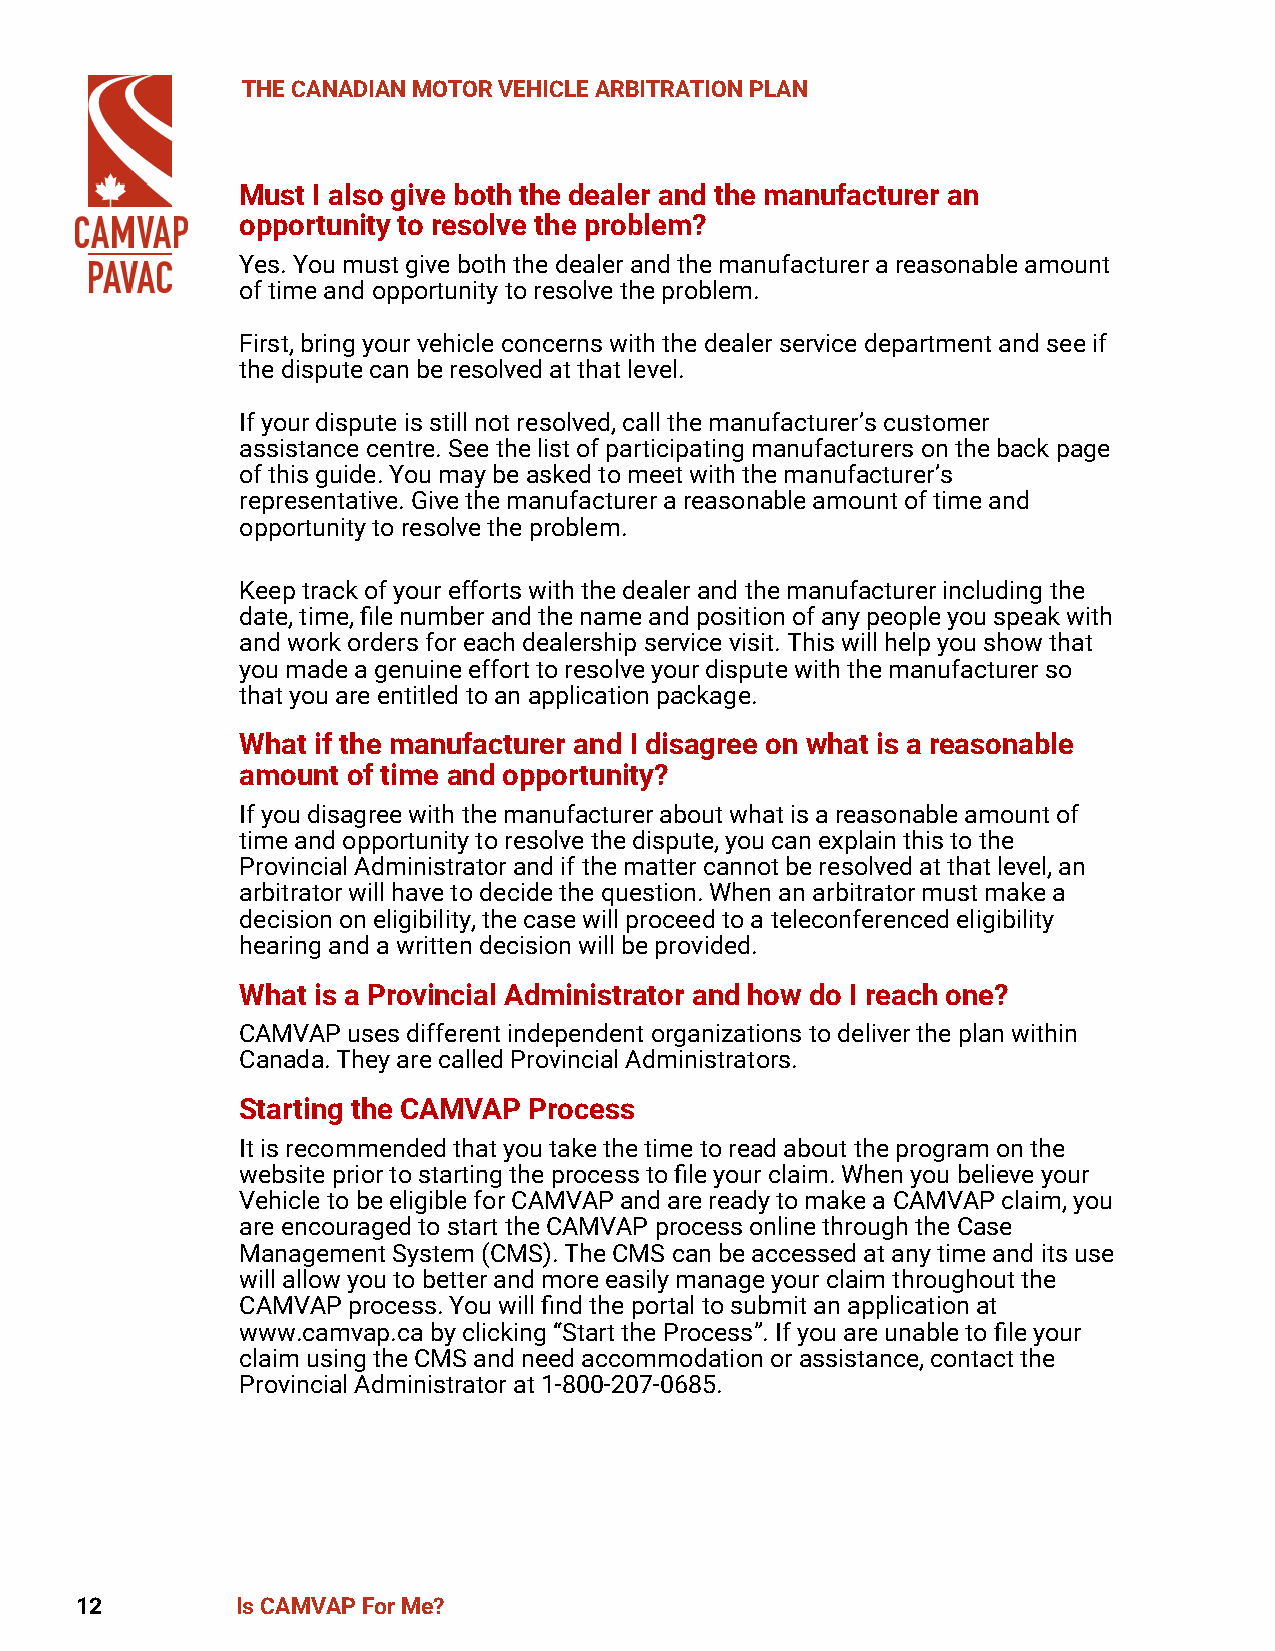
THE CANADIAN MOTOR VEHICLE ARBITRATION PLAN
 Must I also give both the dealer and the manufacturer an
 opportunity to resolve the problem?
 Yes. You must give both the dealer and the manufacturer a reasonable amount
 of time and opportunity to resolve the problem.
 First, bring your vehicle concerns with the dealer service department and see if
 the dispute can be resolved at that level.
 If your dispute is still not resolved, call the manufacturer’s customer
 assistance centre. See the list of participating manufacturers on the back page
 of this guide. You may be asked to meet with the manufacturer’s
 representative. Give the manufacturer a reasonable amount of time and
 opportunity to resolve the problem.
 Keep track of your efforts with the dealer and the manufacturer including the
 date, time, file number and the name and position of any people you speak with
 and work orders for each dealership service visit. This will help you show that
 you made a genuine effort to resolve your dispute with the manufacturer so
 that you are entitled to an application package.
 What if the manufacturer and I disagree on what is a reasonable
 amount of time and opportunity?
 If you disagree with the manufacturer about what is a reasonable amount of
 time and opportunity to resolve the dispute, you can explain this to the
 Provincial Administrator and if the matter cannot be resolved at that level, an
 arbitrator will have to decide the question. When an arbitrator must make a
 decision on eligibility, the case will proceed to a teleconferenced eligibility
 hearing and a written decision will be provided.
 What is a Provincial Administrator and how do I reach one?
 CAMVAP uses different independent organizations to deliver the plan within
 Canada. They are called Provincial Administrators.
 Starting the CAMVAP Process
 It is recommended that you take the time to read about the program on the
 website prior to starting the process to file your claim. When you believe your
 Vehicle to be eligible for CAMVAP and are ready to make a CAMVAP claim, you
 are encouraged to start the CAMVAP process online through the Case
 Management System (CMS). The CMS can be accessed at any time and its use
 will allow you to better and more easily manage your claim throughout the
 CAMVAP process. You will find the portal to submit an application at
 www.camvap.ca by clicking “Start the Process”. If you are unable to file your
 claim using the CMS and need accommodation or assistance, contact the
 Provincial Administrator at 1-800-207-0685.
 12         Is CAMVAP For Me?